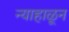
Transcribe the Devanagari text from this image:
न्याहाळून